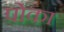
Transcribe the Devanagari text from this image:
पोका